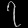
Digit: ၇